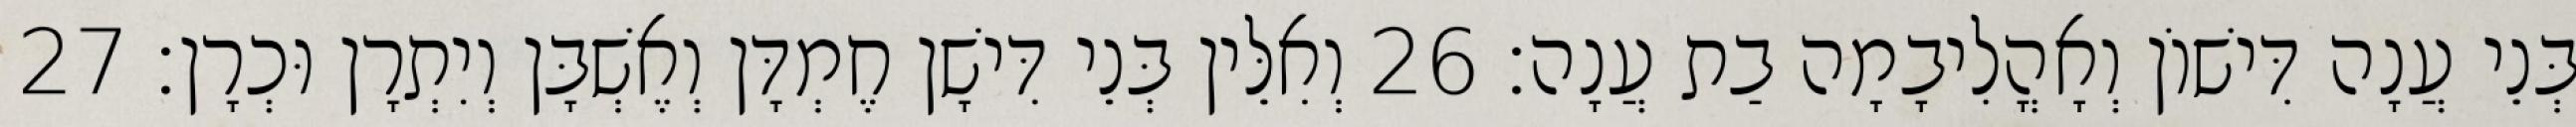
בְּנֵי עֲנָה דִּישׁוֹן וְאָהֳלִיבָמָה בַת עֲנָה׃ 26 וְאִלֵּין בְּנֵי דִּישָׁן חֶמְדָּן וְאֶשְׁבָּן וְיִתְרָן וּכְרָן׃ 27